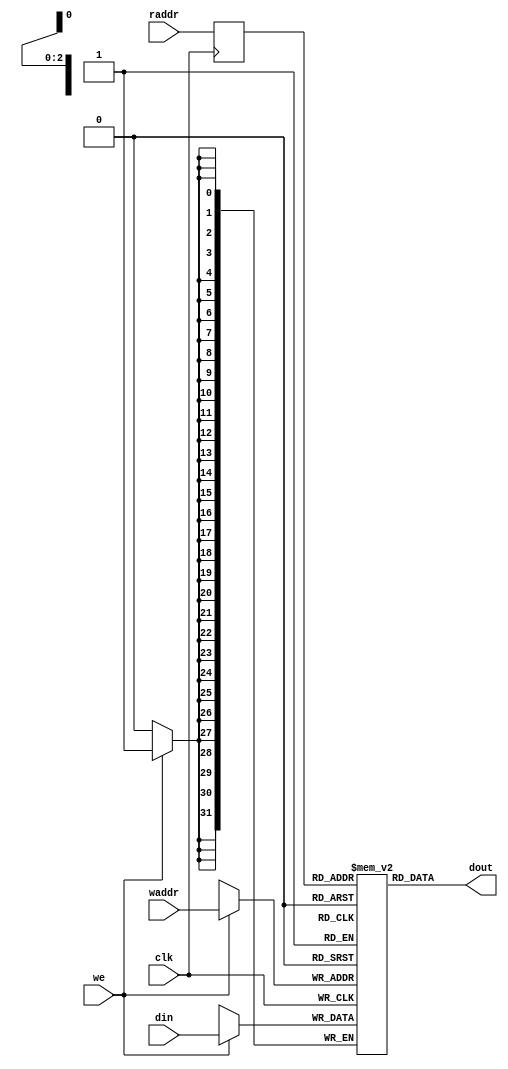
`timescale 1ns/1ps
module bram #(
    parameter ADDR_WIDTH = 3,		//
    parameter DATA_WIDTH = 32		//
)(
    input                   clk,   // Clock
    input [ADDR_WIDTH-1:0]  raddr,  // Address
    input [ADDR_WIDTH-1:0]  waddr,  // Address
    input [DATA_WIDTH-1:0]  din,   // Data Input
    input                   we,    // Write Enable
    output [DATA_WIDTH-1:0] dout   // Data Output
); 
    reg [ADDR_WIDTH-1:0] addr_r;  // Address Register
    (* rw_addr_collision= "yes" *)
    reg [DATA_WIDTH-1:0] ram [0:(1 << ADDR_WIDTH)-1];
    integer i;
    initial begin
        for (i = 0; i < (1 << ADDR_WIDTH); i = i + 1) begin
            ram[i] = 0;
        end
    end
    always @(posedge clk) begin
        addr_r <= raddr;
        if(we) ram[waddr] <= din;
    end
    assign dout = ram[addr_r]; 

endmodule